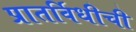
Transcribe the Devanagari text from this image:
प्रातर्विधीची